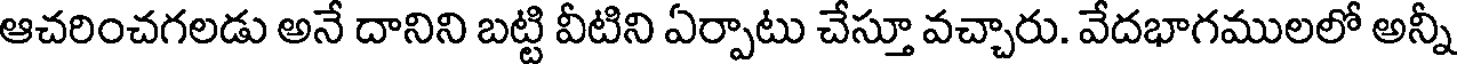
ఆచరించగలడు అనే దానిని బట్టి వీటిని ఏర్పాటు చేస్తూ వచ్చారు. వేదభాగములలో అన్నీ